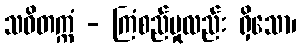
သဝိတက္ကံ - ကြံစည်မှုလည်း ရှိသော၊